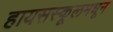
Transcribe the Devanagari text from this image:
हायसस्कूलमधून